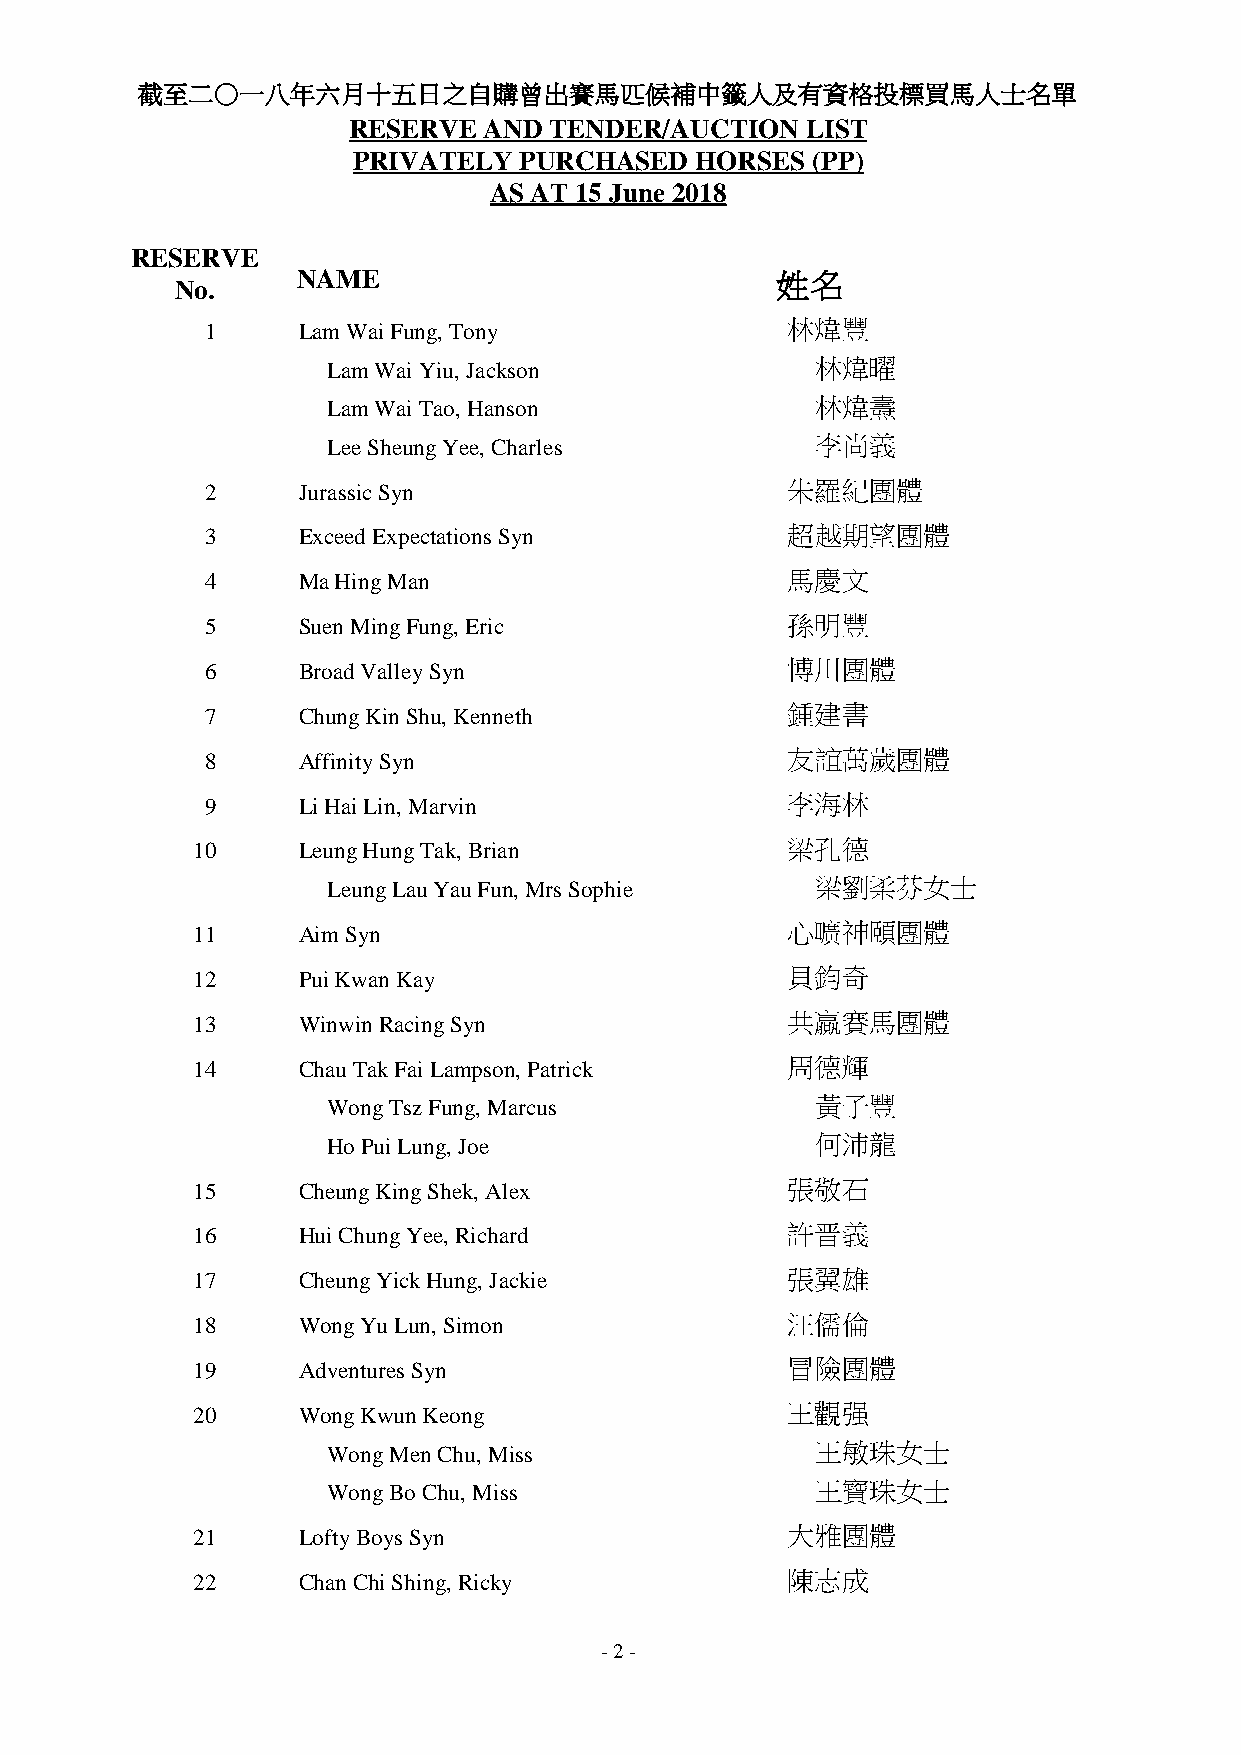
截至二○一八年六月十五日之自購曾出賽馬匹候補中籤人及有資格投標買馬人士名單
 RESERVE  AND TENDER/AUCTION   LIST
 PRIVATELY  PURCHASED   HORSES  (PP)
 AS AT 15 June 2018
 RESERVE
 NAME                           姓名
 No.
 1     Lam Wai Fung, Tony              林煒豐
 Lam Wai Yiu, Jackson            林煒曜
 Lam Wai Tao, Hanson             林煒燾
 Lee Sheung Yee, Charles         李尚義
 2     Jurassic Syn                    朱羅紀團體
 3     Exceed Expectations Syn         超越期望團體
 4     Ma Hing Man                     馬慶文
 5     Suen Ming Fung, Eric            孫明豐
 6     Broad Valley Syn                博川團體
 7     Chung Kin Shu, Kenneth          鍾建書
 8     Affinity Syn                    友誼萬歲團體
 9     Li Hai Lin, Marvin              李海林
 10     Leung Hung Tak, Brian           梁孔德
 Leung Lau Yau Fun, Mrs Sophie   梁劉柔芬女士
 11     Aim Syn                         心曠神頤團體
 12     Pui Kwan Kay                    貝鈞奇
 13     Winwin Racing Syn               共贏賽馬團體
 14     Chau Tak Fai Lampson, Patrick   周德輝
 Wong Tsz Fung, Marcus           黃子豐
 Ho Pui Lung, Joe                何沛龍
 15     Cheung King Shek, Alex          張敬石
 16     Hui Chung Yee, Richard          許晋義
 17     Cheung Yick Hung, Jackie        張翼雄
 18     Wong Yu Lun, Simon              汪儒倫
 19     Adventures Syn                  冒險團體
 20     Wong Kwun Keong                 王觀强
 Wong Men Chu, Miss              王敏珠女士
 Wong Bo Chu, Miss               王寶珠女士
 21     Lofty Boys Syn                  大雅團體
 22     Chan Chi Shing, Ricky           陳志成
 - 2 -